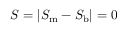
S = | S _ { \mathrm { m } } - S _ { \mathrm { b } } | = 0